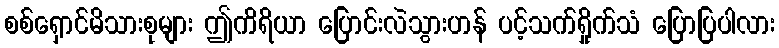
စစ်ရှောင်မိသားစုများ ဤကိရိယာ ပြောင်းလဲသွားဟန် ပင့်သက်ရှိုက်သံ ပြောပြပါလား